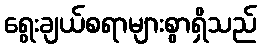
ရွေးချယ်စရာများစွာရှိသည်